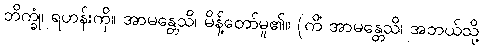
ဘိက္ခုံ၊ ရဟန်းကို။ အာမန္တေသိ၊ မိန့်တော်မူ၏။ (ကိံ အာမန္တေသိ၊ အဘယ်သို့